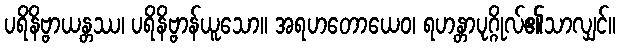
ပရိနိဗ္ဗာယန္တဿ၊ ပရိနိဗ္ဗာန်ယူသော။ အရဟတောယေဝ၊ ရဟန္တာပုဂ္ဂိုလ်၏သာလျှင်။